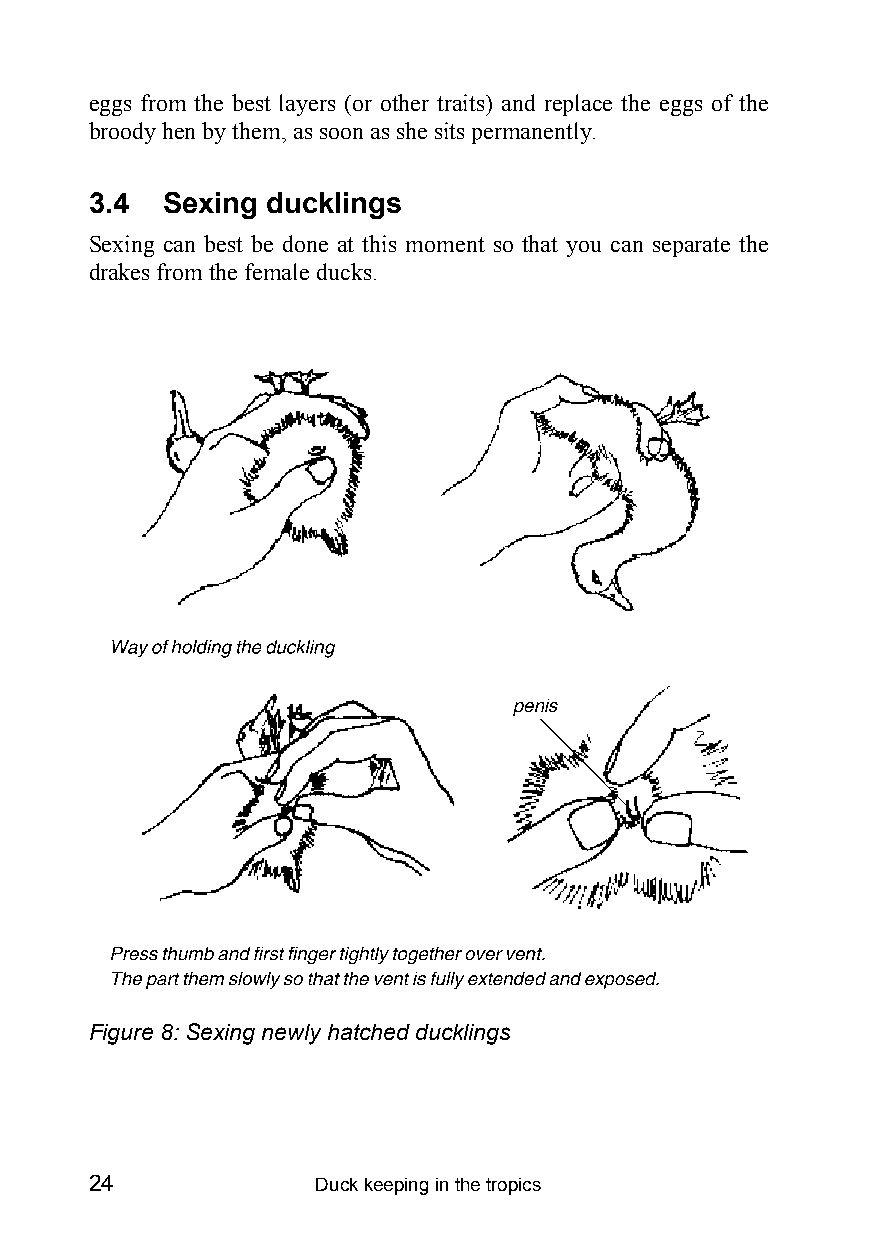
eggs from the best layers (or other traits) and replace the eggs of the
 broody hen by them, as soon as she sits permanently.
 3.4  Sexing ducklings
 Sexing can best be done at this moment so that you can separate the
 drakes from the female ducks.
 Figure 8: Sexing newly hatched ducklings
 24             Duck keeping in the tropics